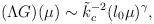
LaTeX: \begin{align*}(\Lambda G)(\mu) \sim \tilde{k}_c^{-2} (l_0 \mu)^\gamma ,\end{align*}